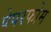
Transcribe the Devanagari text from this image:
पेपरफोम